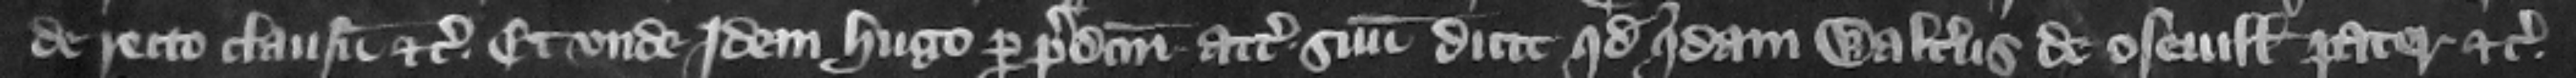
de recto clausum etc. Et vnde idem Hugo per predictum attornatum suum dicit quod quidam Walterus de Oseuill pater etc.